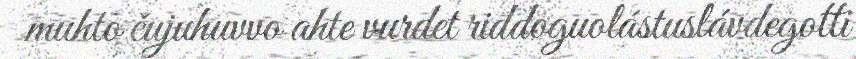
muhto čujuhuvvo ahte vurdet riddoguolástuslávdegotti